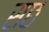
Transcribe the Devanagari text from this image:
सछ